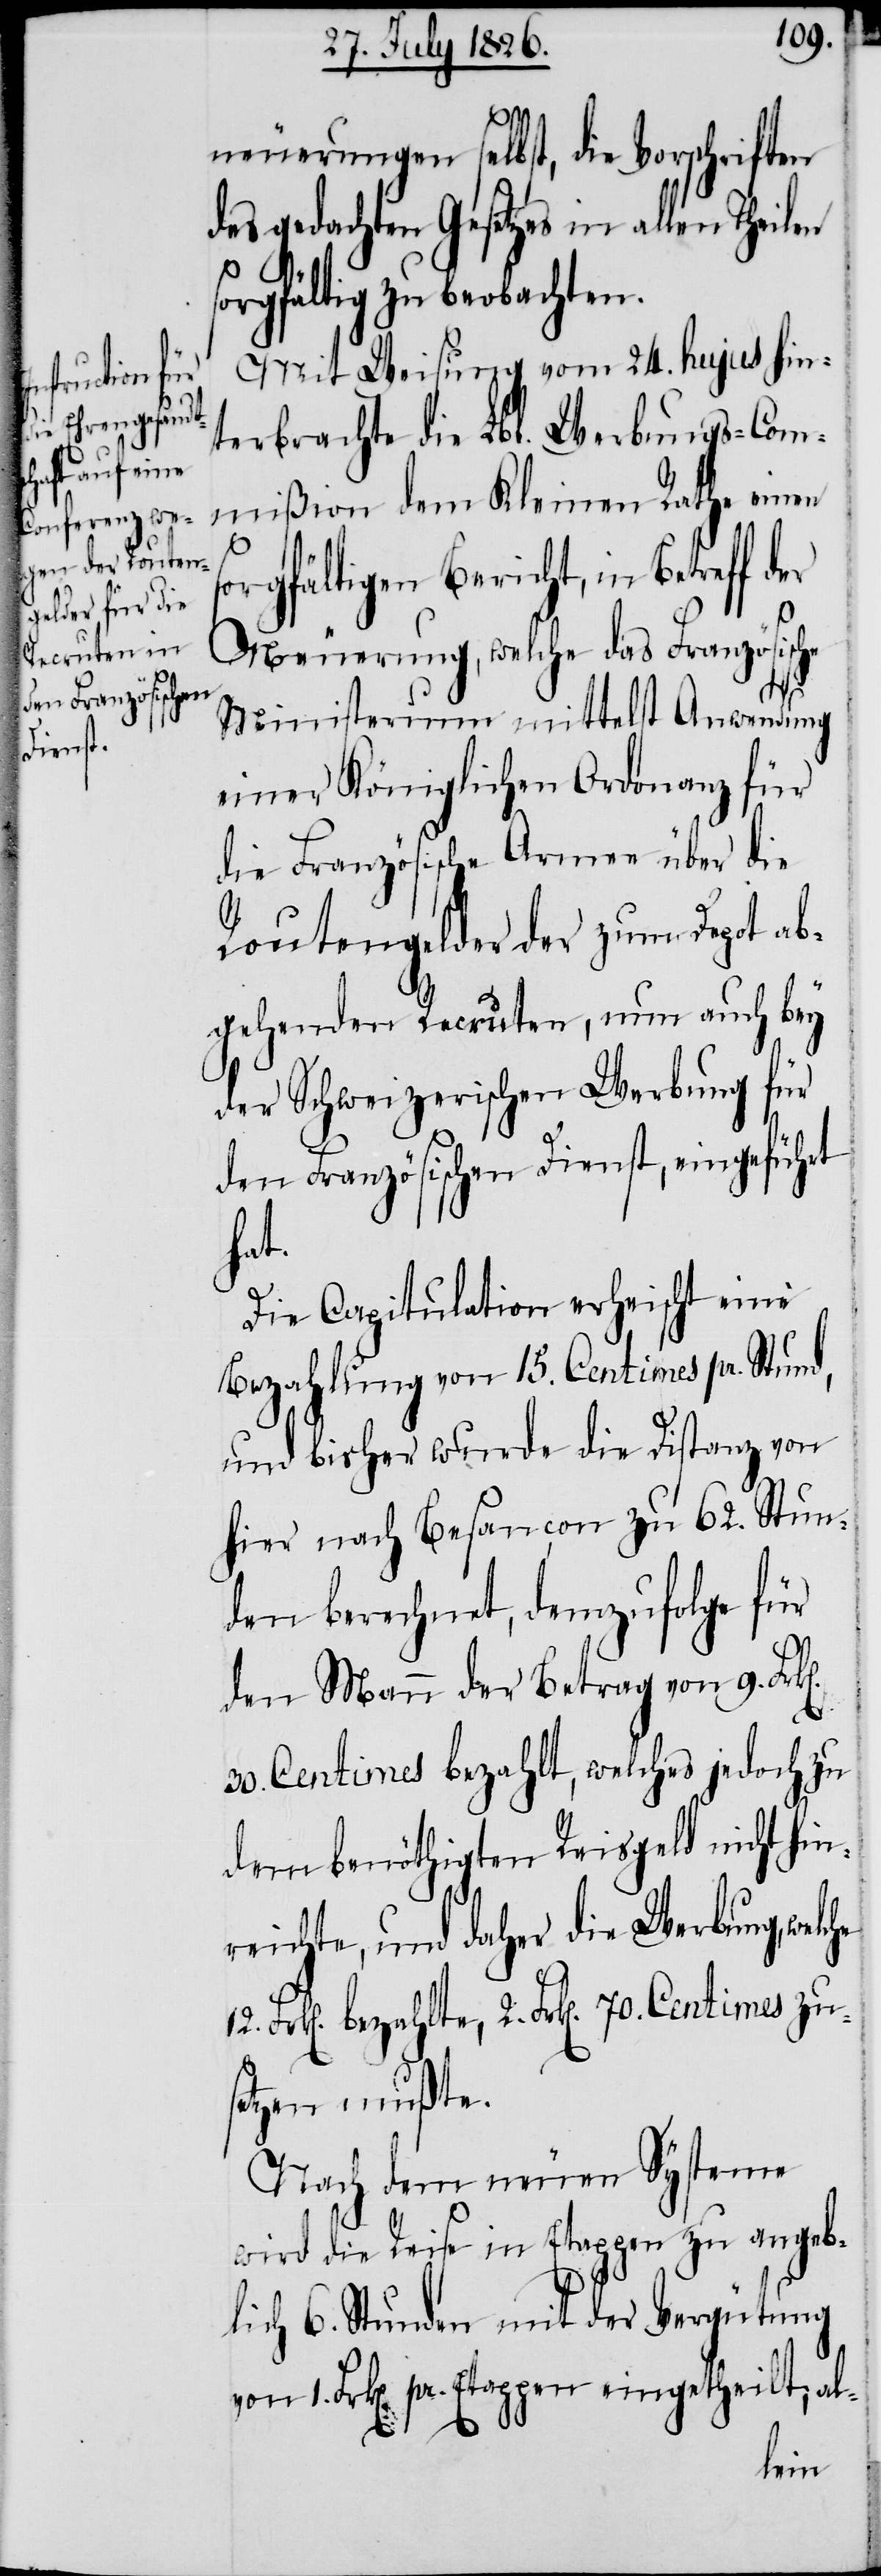
Centimes zu¬

neuerungen selbst, die Vorschriften
des gedachten Gesetzes in allen Theilen
sorgfältig zu beobachten.
Mit Weisung vom 24. hujus hin¬
terbrachte die Lbl. Werbungs-Com¬
mißion dem Kleinen Rathe einen
sorgfältigen Bericht, in Betreff der
Neuerung, welche das Französische
Fr¬
Ministerium mittelst Anwendung
einer Königlichen Ordonanz für
die Französische Armee über die
Routengelder der zum Depot ab¬
gehenden Recruten, nun auch bey
der Schweizerischen Werbung für
den Französischen Dienst, eingeführt
hat.
Die Capitulation erheischt eine
Bezahlung von 15. Centimes pr. Stund,
und bisher wurde die Distanz von
hier nach Besancon zu 62. Stun¬
den berechnet, demzufolge für
den Mann der Betrag von 9.
30. Centimes bezahlt, welches jedoch zu
dem benöthigten Reisgeld nicht hin¬
reichte, und daher die Werbung, wel¬
setzen mußte.
Nach dem neuen Systeme
wird die Reise in Etappen zu angeb¬
lich 6. Stunden mit der Vergütung
k[en]. pr. Etappen eingetheilt, al-